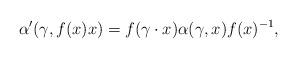
LaTeX: \begin{align*} \alpha'(\gamma,f(x)x)=f(\gamma\cdot x)\alpha(\gamma,x)f(x)^{-1}, \end{align*}